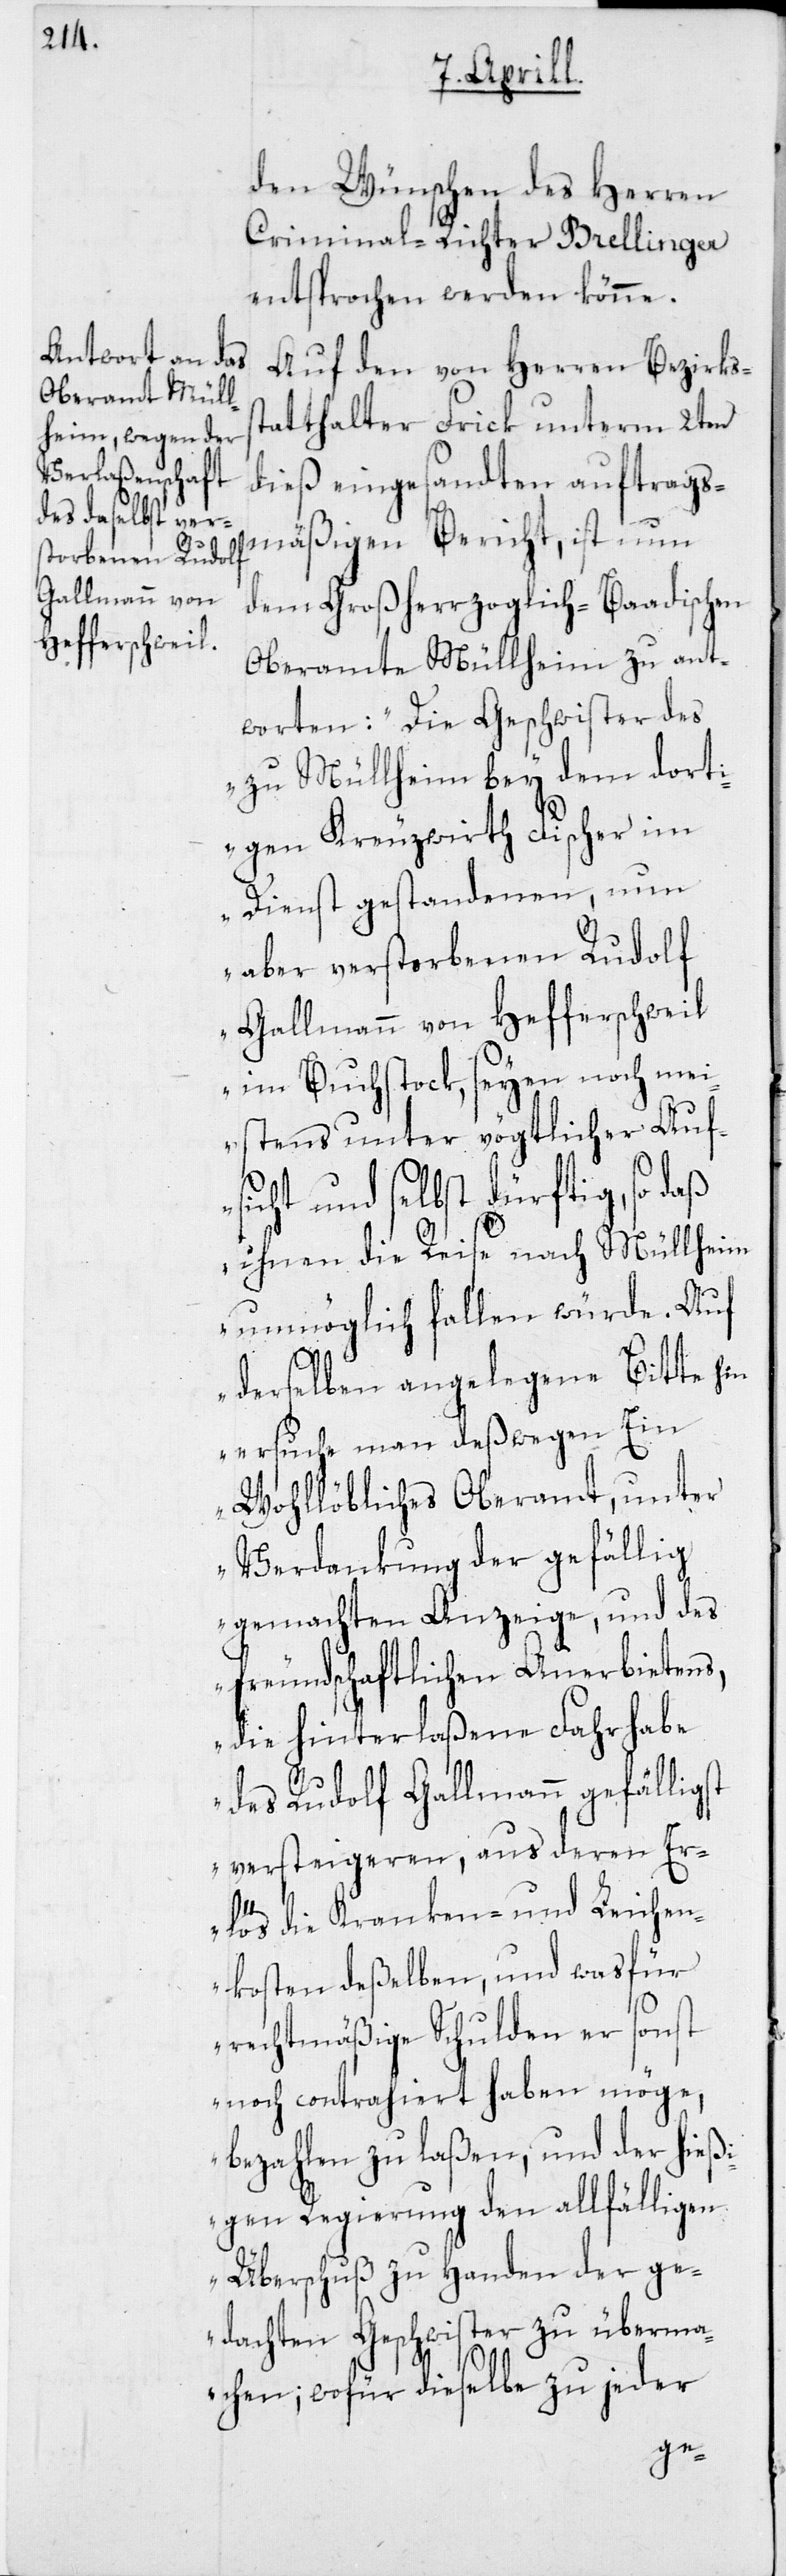
den Wünschen des Herren
Criminal-Richter Brellinger
entsprochen werden könne.
Auf den von Herren Bezirkss¬
tatthalter Frick unterm 2ten
dieß eingesandten auftrags¬
mäßigen Bericht, ist nun
dem Großherzoglich-Baadischen
Oberamte Müllheim zu ant¬
worten: „Die Geschwister des
zu Müllheim bey dem dort¬
igen Kreuzwirth Fischer im
Dienst gestandenen, nun
aber verstorbenen Rudolf
Gallmann von Hefferschweil
im Buchstock, seyen noch mei¬
stens unter vögtlicher Auf¬
sicht und selbst dürftig, so daß
ihnen die Reise nach Müllheim
unmöglich fallen würde. Auf
derselben angelegene Bitte hin
ersuche man deßwegen Ein
Wohllöbliches Oberamt, unter
Verdankung der gefällig
gemachten Anzeige und des
freundschaftlichen Anerbietens,
die hinterlaßene Fahrhabe
des Rudolf Gallmann gefällig¬
versteigeren, aus deren Er¬
lös die Kranken- und Leichen¬
kosten deßelben, und wasfür
rechtmäßige Schulden er sonst
noch contrahiert haben möge,
bezahlen zu laßen, und der hießi¬
gen Regierung den allfälligen
Überschuß zu Handen der ge¬
dachten Geschwister zu überma¬
st
chen; wofür dieselbe zu jeder